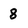
Character: 8